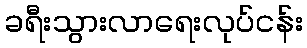
ခရီးသွားလာရေးလုပ်ငန်း